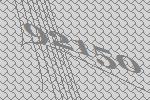
92150